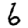
Digit: 6